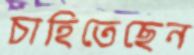
চাহিতেছেন